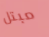
مبتل